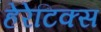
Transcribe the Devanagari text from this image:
हेरेटिक्स